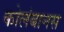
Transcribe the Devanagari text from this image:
कोलंबानस